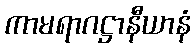
ကာမရာဂဋ္ဌာနီယာနံ